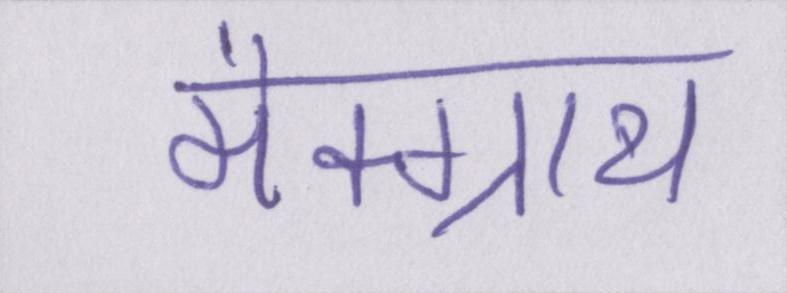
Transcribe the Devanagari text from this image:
मैक्ग्राथ